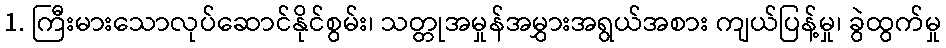
1. ကြီးမားသောလုပ်ဆောင်နိုင်စွမ်း၊ သတ္တုအမှုန်အမွှားအရွယ်အစား ကျယ်ပြန့်မှု၊ ခွဲထွက်မှု